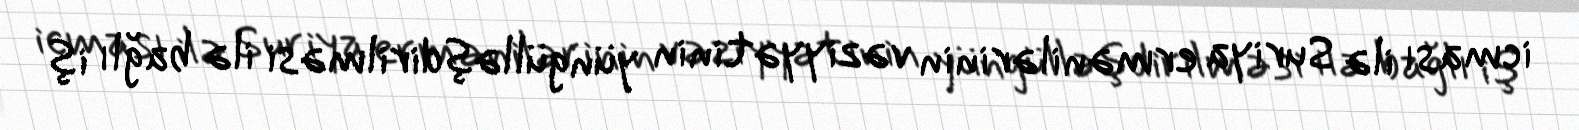
icması ilə Suriya ermənilərinin vəziyyətinin yüngülləşdirilməsi ilə bağlı iş